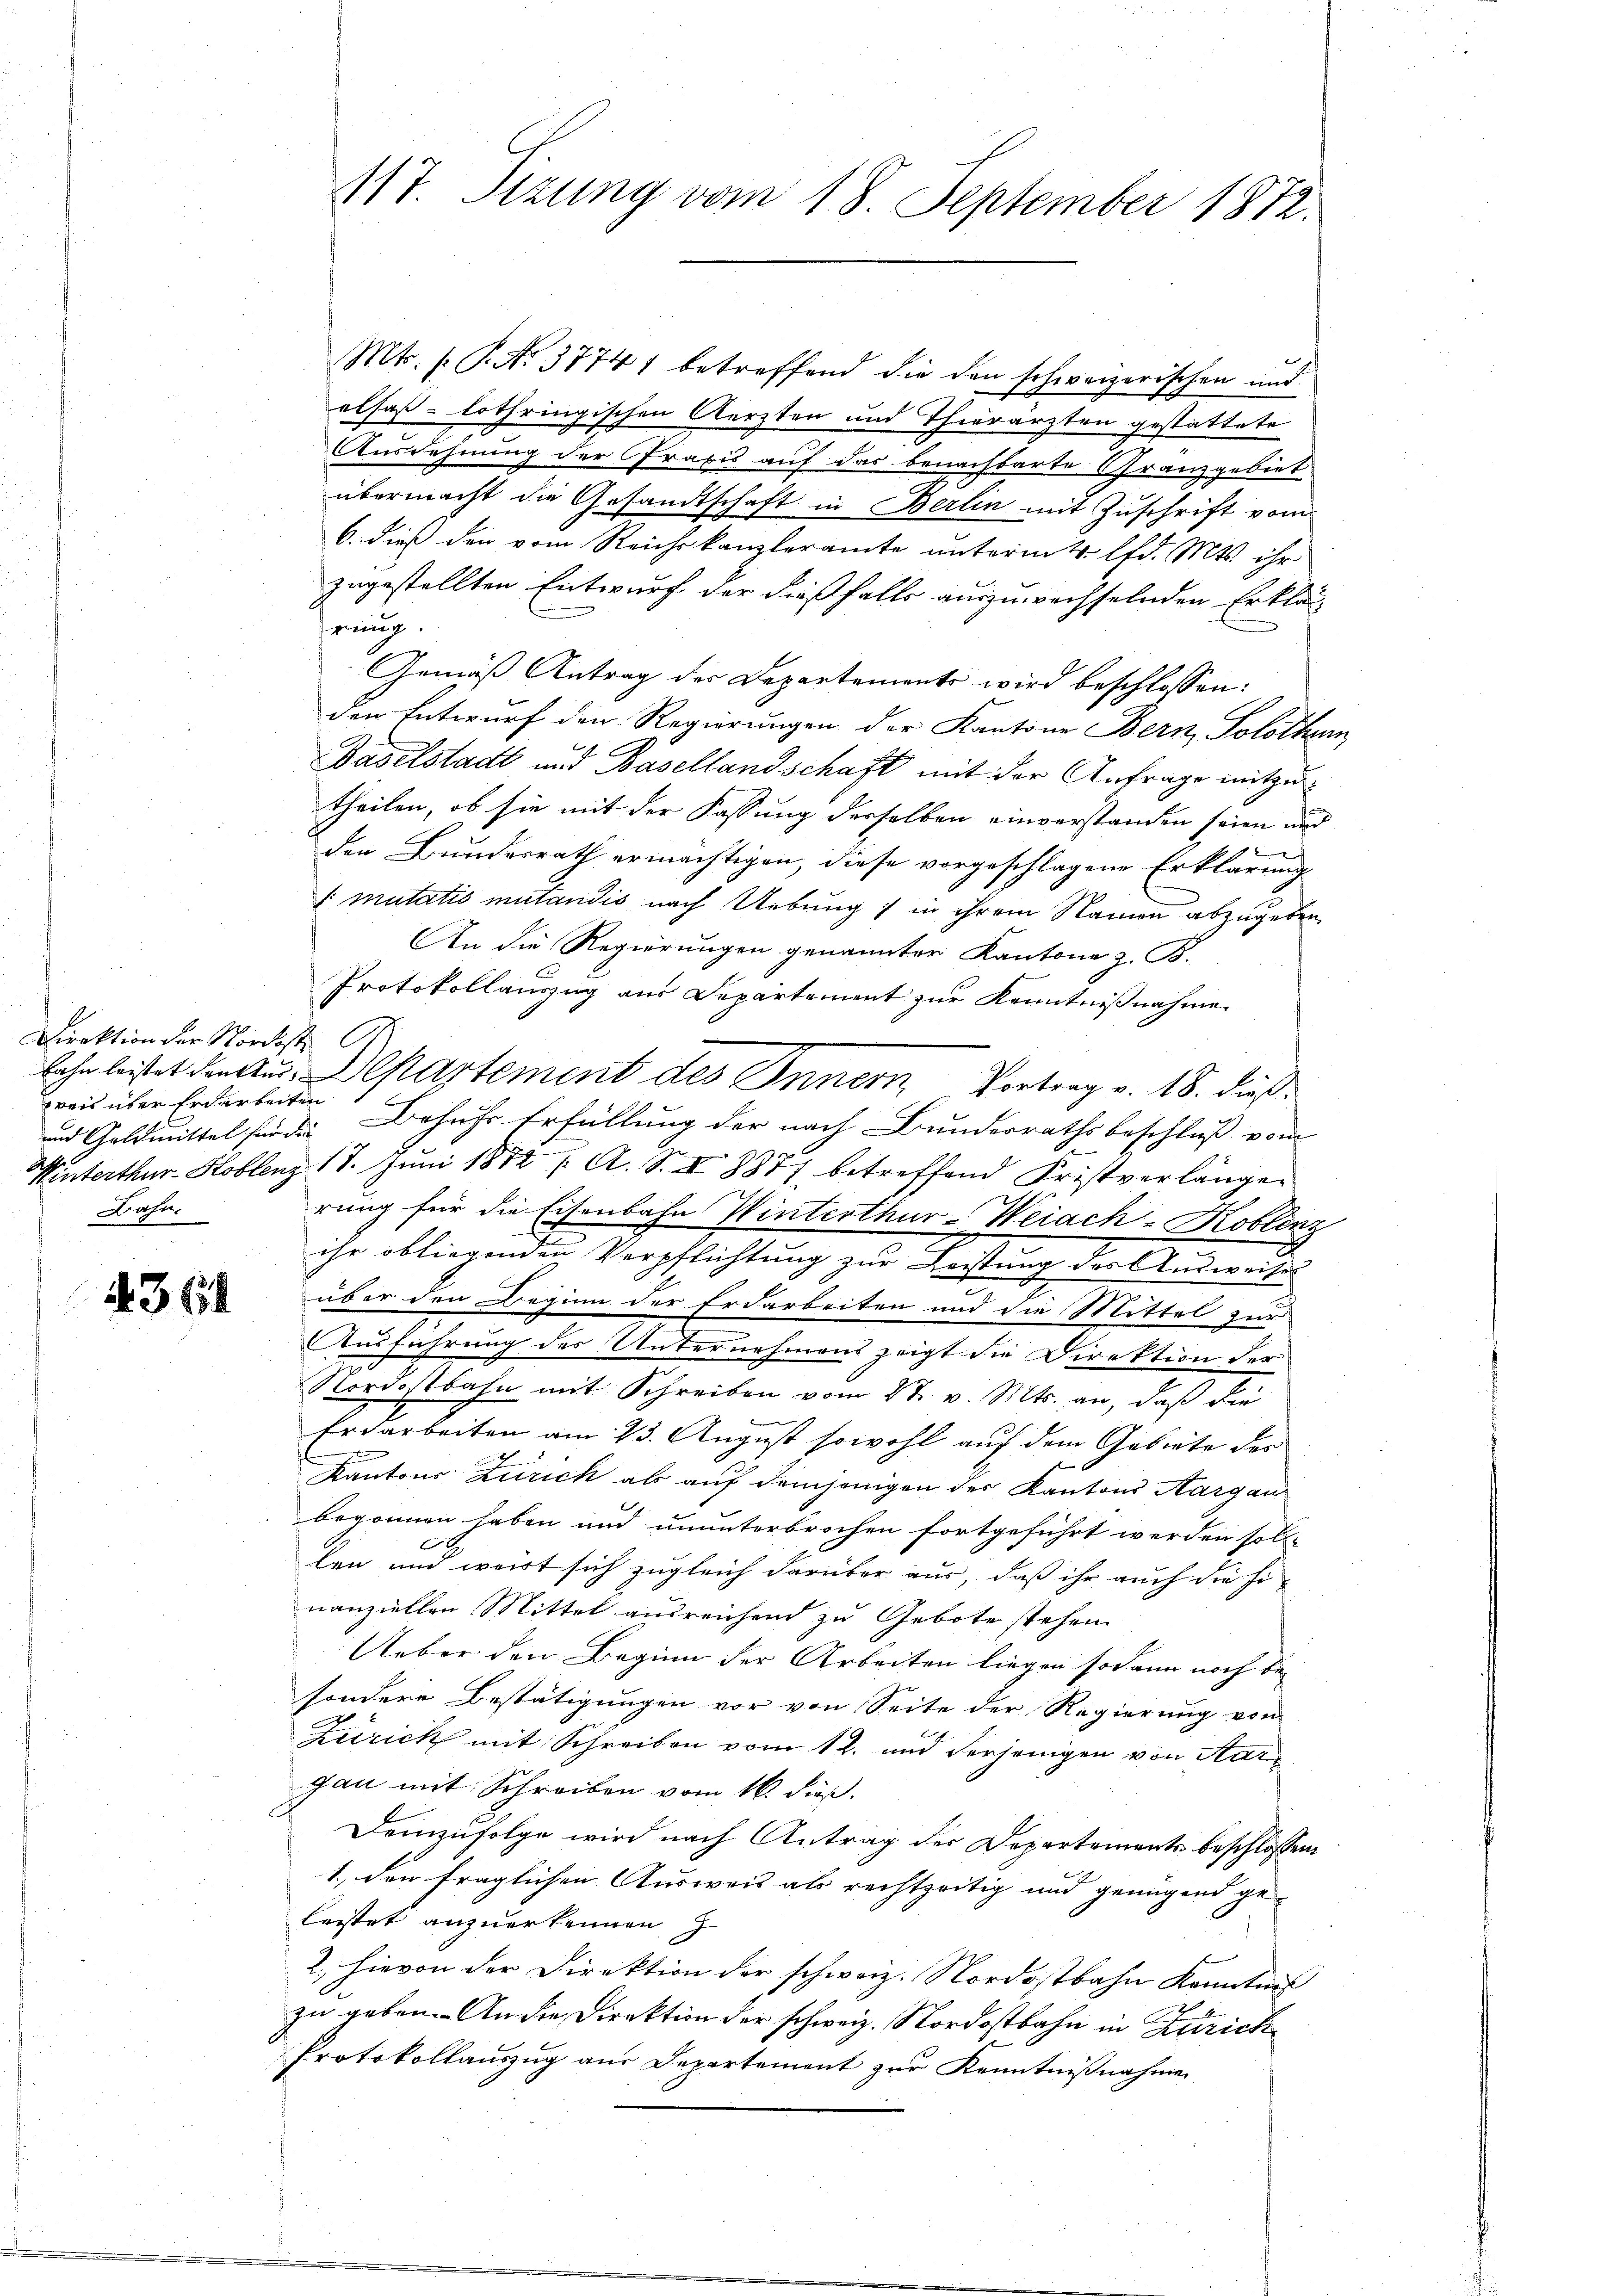
Direktion der Nordost
weis über Erdarbeiten
Bahn.

n

4368

Mts. (: P. No. 37741 betreffend die den schweizerischen und
alsaß-Lothringischen Aerzten und Thierärzten gestattete
Ausdehnung der Praxis auf das benachbarte Granzgebiet
übermacht die Gesandtschaft in Berlin mit Zuschrift vom
6. dieß den vom Reichskanzleramte unterm 4. lfd. Mts. ihr
zugestellten Entwurf der dießfalls auszuwechselnden Erklär-
wenig
Gemäß Antrag der Departements wird beschlossen:
den Entwurf den Regierungen der Kantone Bern, Solothur
Daselstadt und Basellandschaft mit der Anfrage mitzutheilen, ob sie mit der Fassung derselben einverstanden seien und
der Bundesrath ermächtigen, diese vorgeschlagene Erklärung
[: mutatis mutandis nach Uebung / in ihrem Namen abzugeben.
An die Regierungen genannter Kantone z. B.
Protokollauszug aus Departement zur Kenntnißnahme.
bahn leistet den Aus-Departement des Innern Vortrag v. 18. dieß¬
und Geldmittel für die Behufs Erfüllung der nach Bundesrathsbeschluß vom
Winterthur–Koblenz 18. Juni 1872 / A. S. I 8871 betreffend Fristverlängen
rung für die Eisenbahn Winterthur-Weiach-Koblenz
ihr obliegenden Verpflichtung zur Leistung des Ausweises
über den Beginn der Erdarbeiten und die Mittel zur
Ausführung des Unternehmens zeigt die Direktion der
Nordostbahn mit Schreiben vom 2t v. Mts. an, daß die
Erdarbeiten am 23. August sowohl auf dem Gebiete der
u
Kantons Zürich ab auf demjenigen der Kantons Aargau
begonnen haben und ununterbrochen fortgeführt werden soll-
.
len und weist sich zugleich darüber aus, daß ihr auch die Finanziellen Mittel ausreichend zu Gebote stehen.
Ueber den Beginn der Arbeiten liegen sodann noch be
sondere Bestätigungen vor von Seite der Regierung von
Zürich mit Schreiben vom 12. und derjenigen von Aargau mit Schreiben vom 16. dieß.
Demzufolge wird nach Antrag der Departements beschlossen
1., den fraglichen Ausweis als rechtzeitig und genügend geleistet anzuerkennen
2. hievon der Direktion der schweiz. Nordostbahn Kenntniß
zu geben. An die Direktion der schweiz. Nordostbahn in Zutrick
Protokollauszug aus Departement zur Kenntnißnahmen

117. Sizung vom 18. September 1872.